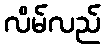
လိမ်လည်